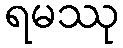
ရမဿု